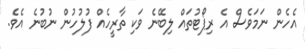
އެހެން ނަމަވެސް އެ ރިިޕޯޓުތައް ލިބޭނެ ވަކި ތާރީހެއް ފުލުހުން ނުބުނެ އެވެ.